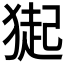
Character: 𤠳